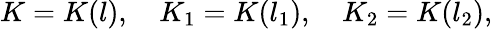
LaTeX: K=K(l),\quad K_{1}=K(l_{1}),\quad K_{2}=K(l_{2}),